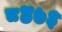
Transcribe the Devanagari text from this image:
८४७३